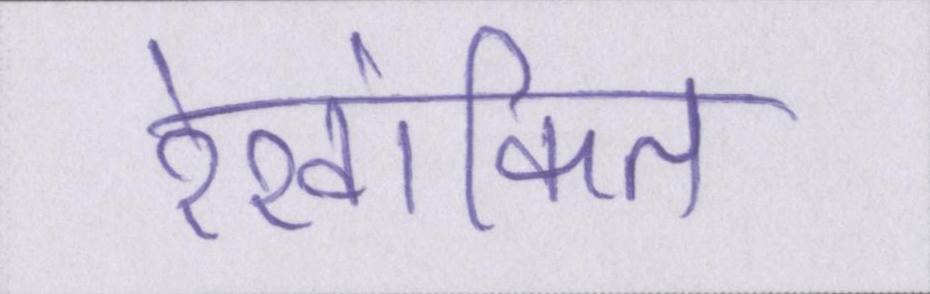
रेखांकित